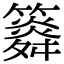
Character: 𥶒